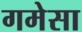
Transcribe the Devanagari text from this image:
गमेसा